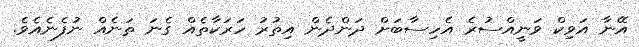
އޭނާ އަވިކް ވަނީއްސުރެ އެހިސާބަށް ދަންދެން އިތުރު ހަރަކާތެއް ގެނަ ތަނެއް ނުފެނެއެވެ.